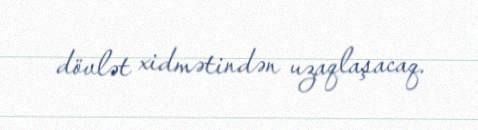
dövlət xidmətindən uzaqlaşacaq.